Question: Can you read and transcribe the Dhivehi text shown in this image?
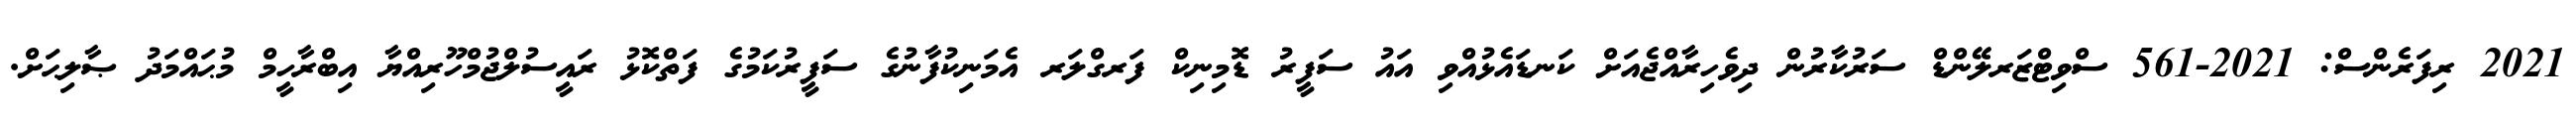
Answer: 2021 ރިފަރެންސް: 2021-561 ސްވިޓްޒަރލޭންޑް ސަރުކާރުން ދިވެހިރާއްޖެއަށް ކަނޑައެޅުއްވި އައު ސަފީރު ޑޮމިނިކް ފަރގްލަރ އެމަނިކުފާނުގެ ސަފީރުކަމުގެ ފަތްކޮޅު ރައީސުލްޖުމްހޫރިއްޔާ އިބްރާހީމް މުޙައްމަދު ޞާލިޙަށް.